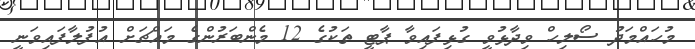
މުހައްމަދު ސޯލިހް ވިދާޅުވީ ގުޅިފައިވާ ޕާޓީ ތަކުގެ 12 މެންބަރުންގެ މައްޗަށް އުފުލާފައިވަނީ